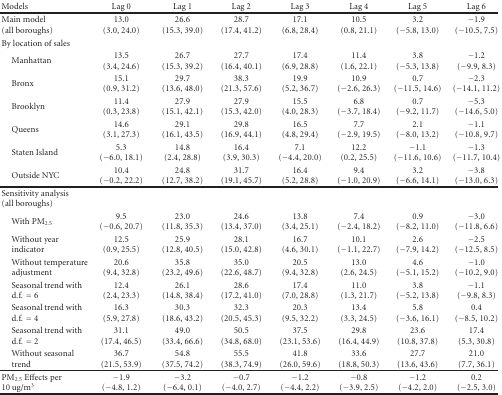
<table><thead><tr><td><b>Models</b></td><td><b>Lag 0</b></td><td><b>Lag 1</b></td><td><b>Lag 2</b></td><td><b>Lag 3</b></td><td><b>Lag 4</b></td><td><b>Lag 5</b></td><td><b>Lag 6</b></td></tr></thead><tbody><tr><td>Main model(all boroughs)</td><td>13.0(3.0, 24.0)</td><td>26.6 (15.3, 39.0)</td><td>28.7 (17.4, 41.2)</td><td>17.1 (6.8, 28.4)</td><td>10.5 (0.8, 21.1)</td><td>3.2 (−5.8, 13.0)</td><td>−1.9 (−10.5, 7.5)</td></tr><tr><td>By location of sales</td><td></td><td></td><td></td><td></td><td></td><td></td><td></td></tr><tr><td> Manhattan</td><td>13.5 (3.4, 24.6)</td><td>26.7 (15.3, 39.2)</td><td>27.7 (16.4, 40.1)</td><td>17.4 (6.9, 28.8)</td><td>11.4 (1.6, 22.1)</td><td>3.8 (−5.3, 13.8)</td><td>−1.2 (−9.9, 8.3)</td></tr><tr><td> Bronx</td><td>15.1 (0.9, 31.2)</td><td>29.7 (13.6, 48.0)</td><td>38.3 (21.3, 57.6)</td><td>19.9 (5.2, 36.7)</td><td>10.9 (−2.6, 26.3)</td><td>0.7 (−11.5, 14.6)</td><td>−2.3 (−14.1, 11.2)</td></tr><tr><td> Brooklyn</td><td>11.4 (0.3, 23.8)</td><td>27.9 (15.1, 42.1)</td><td>27.9 (15.3, 42.0)</td><td>15.5 (4.0, 28.3)</td><td>6.8 (−3.7, 18.4)</td><td>0.7 (−9.2, 11.7)</td><td>−5.3 (−14.6, 5.0)</td></tr><tr><td> Queens</td><td>14.6 (3.1, 27.3)</td><td>29.1 (16.1, 43.5)</td><td>29.8 (16.9, 44.1)</td><td>16.5 (4.8, 29.4)</td><td>7.7 (−2.9, 19.5)</td><td>2.1 (−8.0, 13.2)</td><td>−1.1 (−10.8, 9.7)</td></tr><tr><td> Staten Island</td><td>5.3 (−6.0, 18.1)</td><td>14.8 (2.4, 28.8)</td><td>16.4 (3.9, 30.3)</td><td>7.1 (−4.4, 20.0)</td><td>12.2 (0.2, 25.5)</td><td>−1.1 (−11.6, 10.6)</td><td>−1.3 (−11.7, 10.4)</td></tr><tr><td> Outside NYC</td><td>10.4 (−0.2, 22.2)</td><td>24.8 (12.7, 38.2)</td><td>31.7 (19.1, 45.7)</td><td>16.4 (5.2, 28.8)</td><td>9.4 (−1.0, 20.9)</td><td>3.2 (−6.6, 14.1)</td><td>−3.8 (−13.0, 6.3) </td></tr><tr><td>Sensitivity analysis(all boroughs)</td><td></td><td></td><td></td><td></td><td></td><td></td><td></td></tr><tr><td> With PM<sub>2.5</sub></td><td>9.5 (−0.6, 20.7)</td><td>23.0 (11.8, 35.3)</td><td>24.6 (13.4, 37.0)</td><td>13.8 (3.4, 25.1)</td><td>7.4 (−2.4, 18.2)</td><td>0.9 (−8.2, 11.0)</td><td>−3.0 (−11.8, 6.6)</td></tr><tr><td> Without year indicator</td><td>12.5 (0.9, 25.5)</td><td>25.9 (12.8, 40.5)</td><td>28.1 (15.0, 42.8)</td><td>16.7 (4.6, 30.1)</td><td>10.1 (−1.1, 22.7)</td><td>2.6 (−7.9, 14.2)</td><td>−2.5 (−12.5, 8.5)</td></tr><tr><td> Without temperature adjustment</td><td>20.6 (9.4, 32.8)</td><td>35.8 (23.2, 49.6)</td><td>35.0 (22.6, 48.7)</td><td>20.5 (9.4, 32.8)</td><td>13.0 (2.6, 24.5)</td><td>4.6 (−5.1, 15.2)</td><td>−1.0 (−10.2, 9.0)</td></tr><tr><td> Seasonal trend with d.f. = 6</td><td>12.4 (2.4, 23.3)</td><td>26.1 (14.8, 38.4)</td><td>28.6 (17.2, 41.0)</td><td>17.4 (7.0, 28.8)</td><td>11.0 (1.3, 21.7)</td><td>3.8 (−5.2, 13.8)</td><td>−1.1 (−9.8, 8.3)</td></tr><tr><td> Seasonal trend with d.f. = 4</td><td>16.3 (5.9, 27.8)</td><td>30.3 (18.6, 43.2)</td><td>32.3 (20.5, 45.3)</td><td>20.3 (9.5, 32.2)</td><td>13.4 (3.3, 24.5)</td><td>5.8 (−3.6, 16.1)</td><td>0.4 (−8.5, 10.2)</td></tr><tr><td> Seasonal trend with d.f. = 2</td><td>31.1 (17.4, 46.5)</td><td>49.0 (33.4, 66.6)</td><td>50.5 (34.8, 68.0)</td><td>37.5 (23.1, 53.6)</td><td>29.8 (16.4, 44.9)</td><td>23.6 (10.8, 37.8)</td><td>17.4 (5.3, 30.8)</td></tr><tr><td> Without seasonal trend</td><td>36.7 (21.5, 53.9)</td><td>54.8 (37.5, 74.2)</td><td>55.5 (38.3, 74.9)</td><td>41.8 (26.0, 59.6)</td><td>33.6 (18.8, 50.3)</td><td>27.7 (13.6, 43.6)</td><td>21.0 (7.7, 36.1) </td></tr><tr><td>PM<sub>2.5</sub> Effects per 10 ug/m<sup>3</sup></td><td>−1.9 (−4.8, 1.2)</td><td>−3.2 (−6.4, 0.1)</td><td>−0.7 (−4.0, 2.7)</td><td>−1.2 (−4.4, 2.2)</td><td>−0.8 (−3.9, 2.5)</td><td>−1.2 (−4.2, 2.0)</td><td>0.2 (−2.5, 3.0)</td></tr></tbody></table>